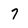
Character: 7